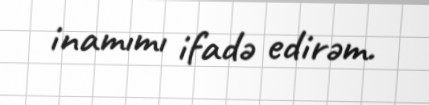
inamımı ifadə edirəm.